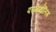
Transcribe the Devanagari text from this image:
परमार्थलिंग